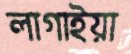
লাগাইয়া